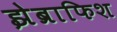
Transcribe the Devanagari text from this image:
झेब्राफिश